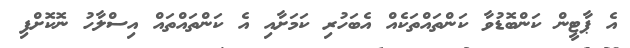
އެ ޕާޓީން ކަންބޮޑުވާ ކަންތައްތަކެއް އެބަހުރި ކަމަށާއި އެ ކަންތައްތައް އިސްލާހު ނޮކޮށްފި